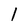
Character: 1